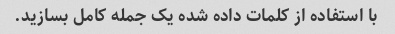
با استفاده از کلمات داده شده یک جمله کامل بسازید.